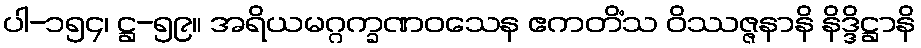
ပါ-၁၅၄၊ ဋ္ဌ-၅၉။ အရိယမဂ္ဂက္ခဏဝသေန ဧကတိံသ ဝိဿဇ္ဇနာနိ နိဒ္ဒိဋ္ဌာနိ